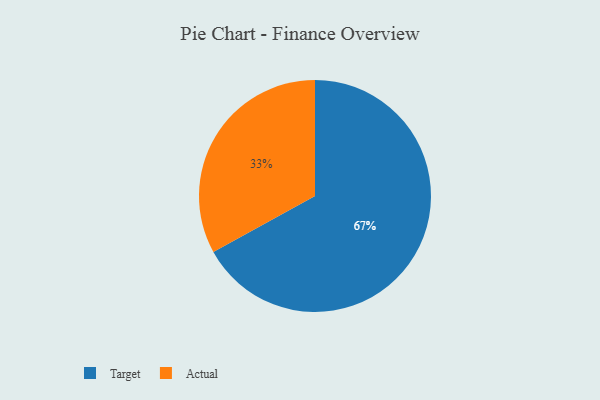
{"axis": {"x": "Category", "y": "Percentage"}, "legend": ["Actual", "Target"], "data": [{"x": "Target", "y": 67, "type": "Target"}, {"x": "Actual", "y": 33, "type": "Actual"}]}